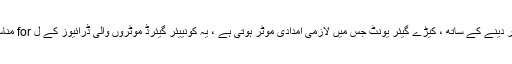
کم کارکردگی کی حد پر زور دینے کے ساتھ ، کیڑے گیئر یونٹ جس میں لازمی امدادی موٹر ہوتی ہے ، یہ کونییئر گیئرڈ موٹروں والی ڈرائیوز کے ل for مناسب قیمت کا حل بن جاتا ہے۔